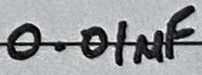
Text: 0.01µF